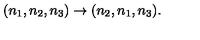
( n _ { 1 } , n _ { 2 } , n _ { 3 } ) \rightarrow ( n _ { 2 } , n _ { 1 } , n _ { 3 } ) .